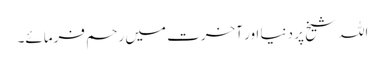
اللہ شیخ پر دنیا اور آخرت میں رحم فرمائے۔